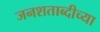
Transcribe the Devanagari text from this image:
जनशताब्दीच्या